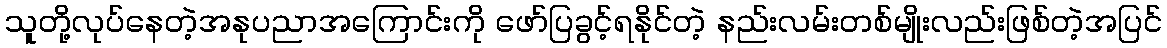
သူတို့လုပ်နေတဲ့အနုပညာအကြောင်းကို ဖော်ပြခွင့်ရနိုင်တဲ့ နည်းလမ်းတစ်မျိုးလည်းဖြစ်တဲ့အပြင်